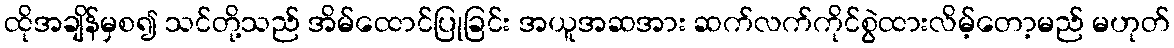
ထိုအချိန်မှစ၍ သင်တို့သည် အိမ်ထောင်ပြုခြင်း အယူအဆအား ဆက်လက်ကိုင်စွဲထားလိမ့်တော့မည် မဟုတ်